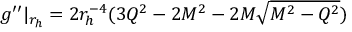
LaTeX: g ^ { \prime \prime } | _ { r _ { h } } = 2 r _ { h } ^ { - 4 } ( 3 Q ^ { 2 } - 2 M ^ { 2 } - 2 M \sqrt { M ^ { 2 } - Q ^ { 2 } } )